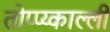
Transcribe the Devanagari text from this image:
तोप्प्य्काल्ली